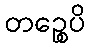
တဉ္စေပိ